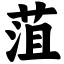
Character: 菹